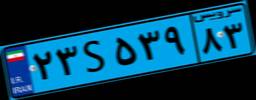
۲۰S۴۳۸۴۷